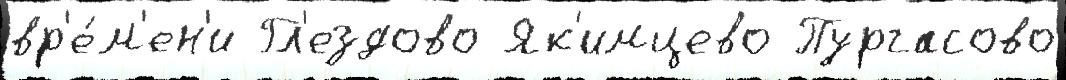
вр'е́м'ен'и Гл'ездово Як'имцево Пургасово